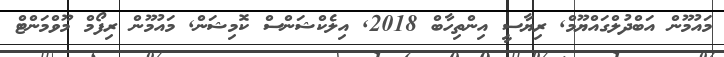
މައުމޫން އަބްދުލްގައްޔޫމް